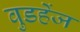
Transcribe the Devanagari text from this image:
वुडहेंज